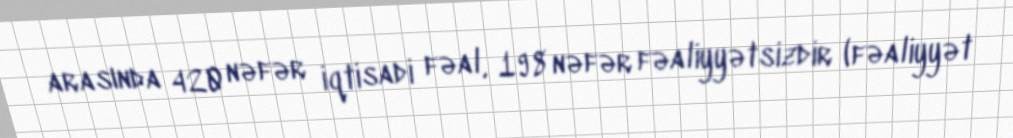
arasında 420 nəfər iqtisadi fəal, 198 nəfər fəaliyyətsizdir (fəaliyyət